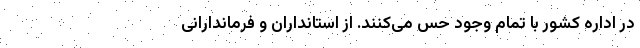
در اداره کشور با تمام وجود حس می‌کنند. از استانداران و فرماندارانی